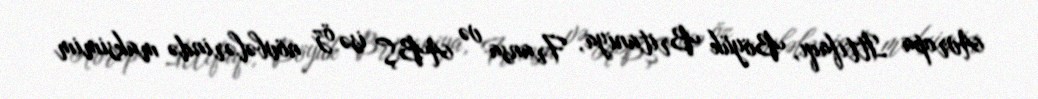
Avropa İttifaqı, Böyük Britaniya, Fransa və ABŞ isə öz növbələrində maksimim